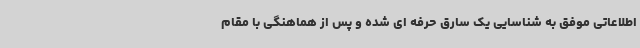
اطلاعاتی موفق به شناسایی یک سارق حرفه ای شده و پس از هماهنگی با مقام